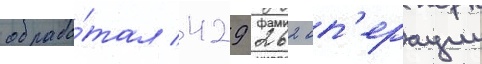
обрабо́тал 429 262 оп'ерации